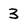
Character: 3